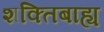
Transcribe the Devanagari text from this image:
शक्तिबाह्य